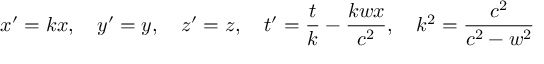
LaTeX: x ^ { \prime } = k x , \quad y ^ { \prime } = y , \quad z ^ { \prime } = z , \quad t ^ { \prime } = { \frac { t } { k } } - { \frac { k w x } { c ^ { 2 } } } , \quad k ^ { 2 } = { \frac { c ^ { 2 } } { c ^ { 2 } - w ^ { 2 } } }